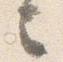
言